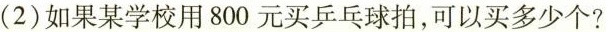
(2)如果某学校用800元买乒乓球拍，可以买多少个?